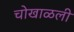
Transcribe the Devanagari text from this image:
चोखाळली